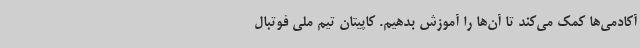
آکادمی‌ها کمک می‌کند تا آن‌ها را آموزش بدهیم. کاپیتان تیم ملی فوتبال